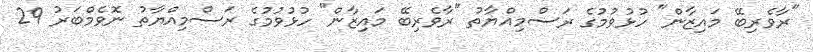
"ރާވެރިބޭ މައިޒާން" ހުޅުވުމުގެ ރަސްމިއްޔާތު "ރާވެރިބޭ މައިޒާން" ހުޅުވުމުގެ ރަސްމިއްޔާތު ނޮވެމްބަރު 29